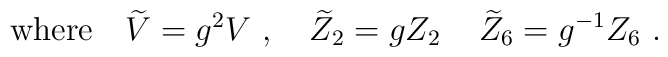
{\rm where}\quad {\widetilde V}=g^2V\ ,\quad {\widetilde Z}_2=gZ_2\,\quad {\widetilde Z}_6=g^{-1}Z_6\ .